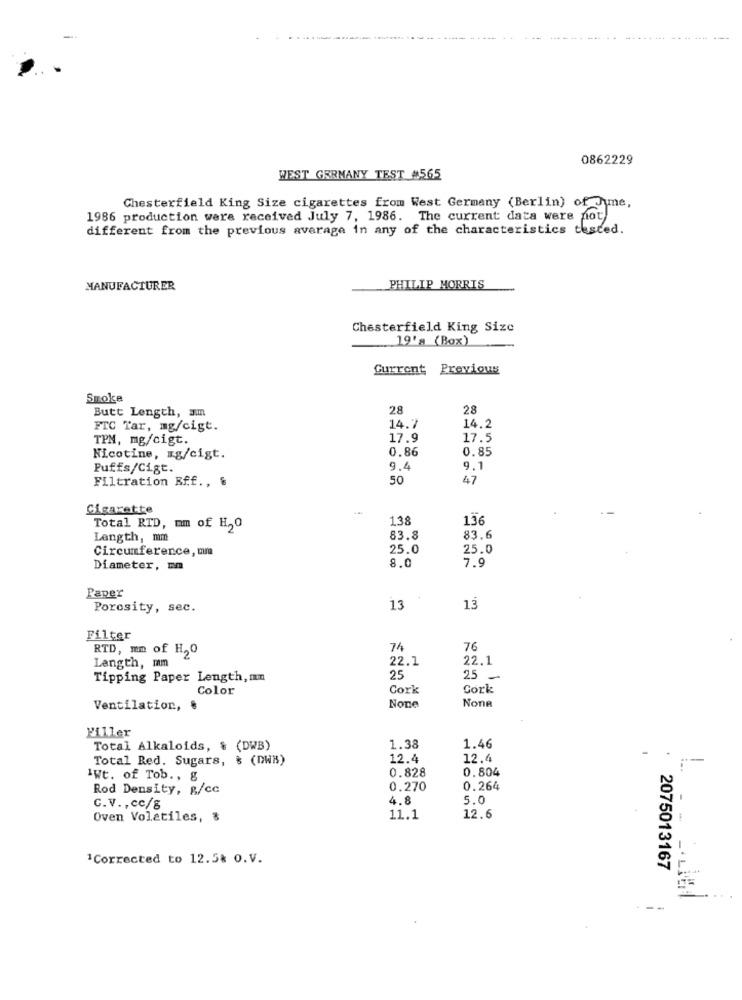
0862229
WEST GERMANY TEST #565
Chesterfield King Size cigarettes from West Germany (Berlin) of June,
1986 production wera received July 7, 1986. The current data were not
different from the previous average in any of the characteristics tested.
MANUFACTURER
PHILIP MORRIS
Chesterfield King Size
19'a (Box)
Current Previous
Smoke
28
28
Butt Length, am
FTC Tar, mg/cigt.
14.7
14.2
TPM, mg/cigt.
17.9
17.5
0.86
0.85
Nicotine, mg/cigt.
Puffs/Cigt.
9.4
9.1
Filtration Eff ., &
50
47
Cigarette
138
136
Total RTD, mm of H,O
Length, mm
83.8
83.6
Circumference, mm
25.0
25.0
8.0
Diameter, mm
7.9
Paper
Porosity, sec.
13
13
Filter
RTD, mm of H,0
74
76
Length, mm
22.1
22.1
Tipping Paper Length, mm
25
25 _
Color
Cork
Cork
Ventilation, ₺
Piller
1.46
Total Alkaloids, & (DWB)
1.38
Total Red. Sugars, & (DWB)
12.4
12.4
0.828
0.804
1Wt. of Tob ., g
Rod Density, g/cc
0.270
0.264
4.8
5.0
C.V ., cc/g
Oven Volatiles, %
11.1
12.6
1Corrected to 12.5% O.V.
2075013167